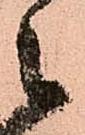
々